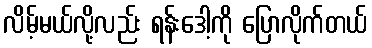
လိမ့်မယ်လို့လည်း ရန်းဒေါ့ကို ပြောလိုက်တယ်